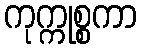
ကုက္ကုစ္စကာ